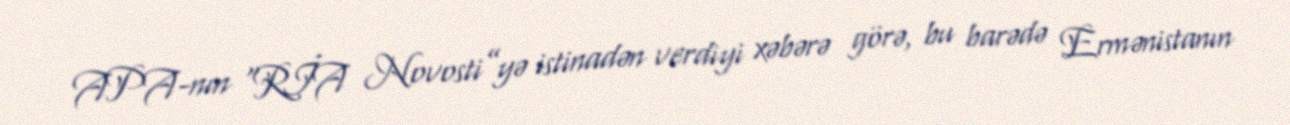
APA-nın “RİA Novosti”yə istinadən verdiyi xəbərə görə, bu barədə Ermənistanın